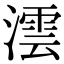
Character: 澐